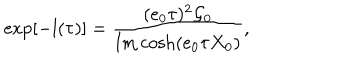
LaTeX: \exp \left[ - l ( \tau ) \right] = \frac { ( e _ { 0 } \tau ) ^ { 2 } \mathcal { G } _ { 0 } } { \mathrm { I m } \cosh ( e _ { 0 } \tau X _ { 0 } ) } ,